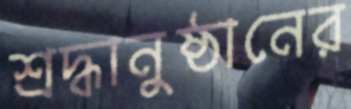
শ্রদ্ধানুষ্ঠানের